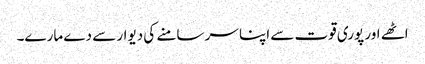
اٹھے اور پوری قوت سے اپنا سر سامنے کی دیوار سے دے مارے۔